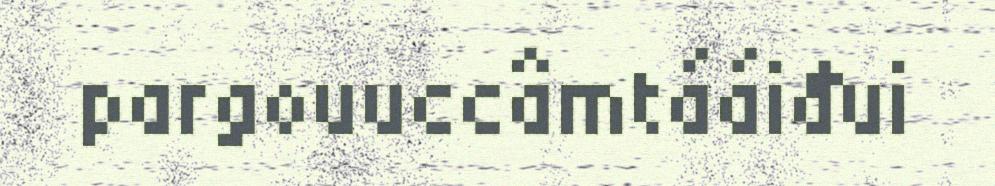
pargouuccâmtááiđui